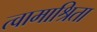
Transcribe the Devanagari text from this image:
त्वामाश्रिता